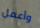
وأعمل